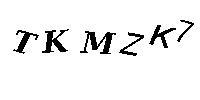
TKMZK7